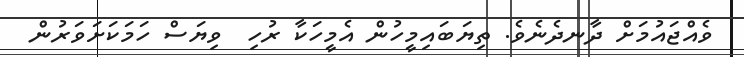
ވެއްޖައުމަށް ދާނދެނެވެ. ތިޔަބައިމީހުން އެމީހަކާ ރުހި  ވިޔަސް ހަމަކަށަވަރުން